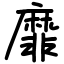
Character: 靡